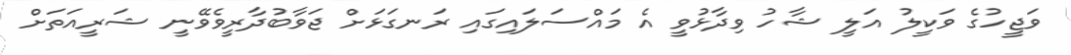
ވަޖީހުގެ ވަކީލު އަލީ ޝާހު ވިދާޅުވީ އެ މައްސަލައިގައި ރަނގަޅަށް ޖަވާބުދާރީވެވޭނީ ޝަރީއަތަށް